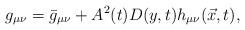
\begin{align*}g_{\mu \nu} = \bar{g}_{\mu \nu} + A^2(t) D(y,t)h_{\mu \nu}(\vec{x},t),\end{align*}